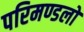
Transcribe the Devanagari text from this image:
परिमण्डलो